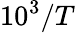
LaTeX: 10^{3}/T